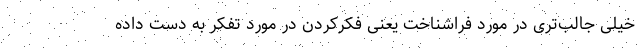
خیلی جالب‌تری در مورد فراشناخت یعنی فکرکردن در مورد تفکر به دست داده